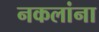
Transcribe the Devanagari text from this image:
नकलांना